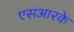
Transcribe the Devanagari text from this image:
एसआरके